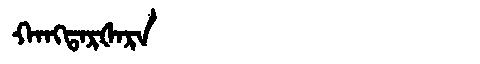
Manchu: ᡴᠠᠩᡨᠠᡵᡧᠠᡵᠠ
Romanization: KANGTARŠARA